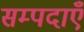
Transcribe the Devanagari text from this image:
सम्पदाएँ